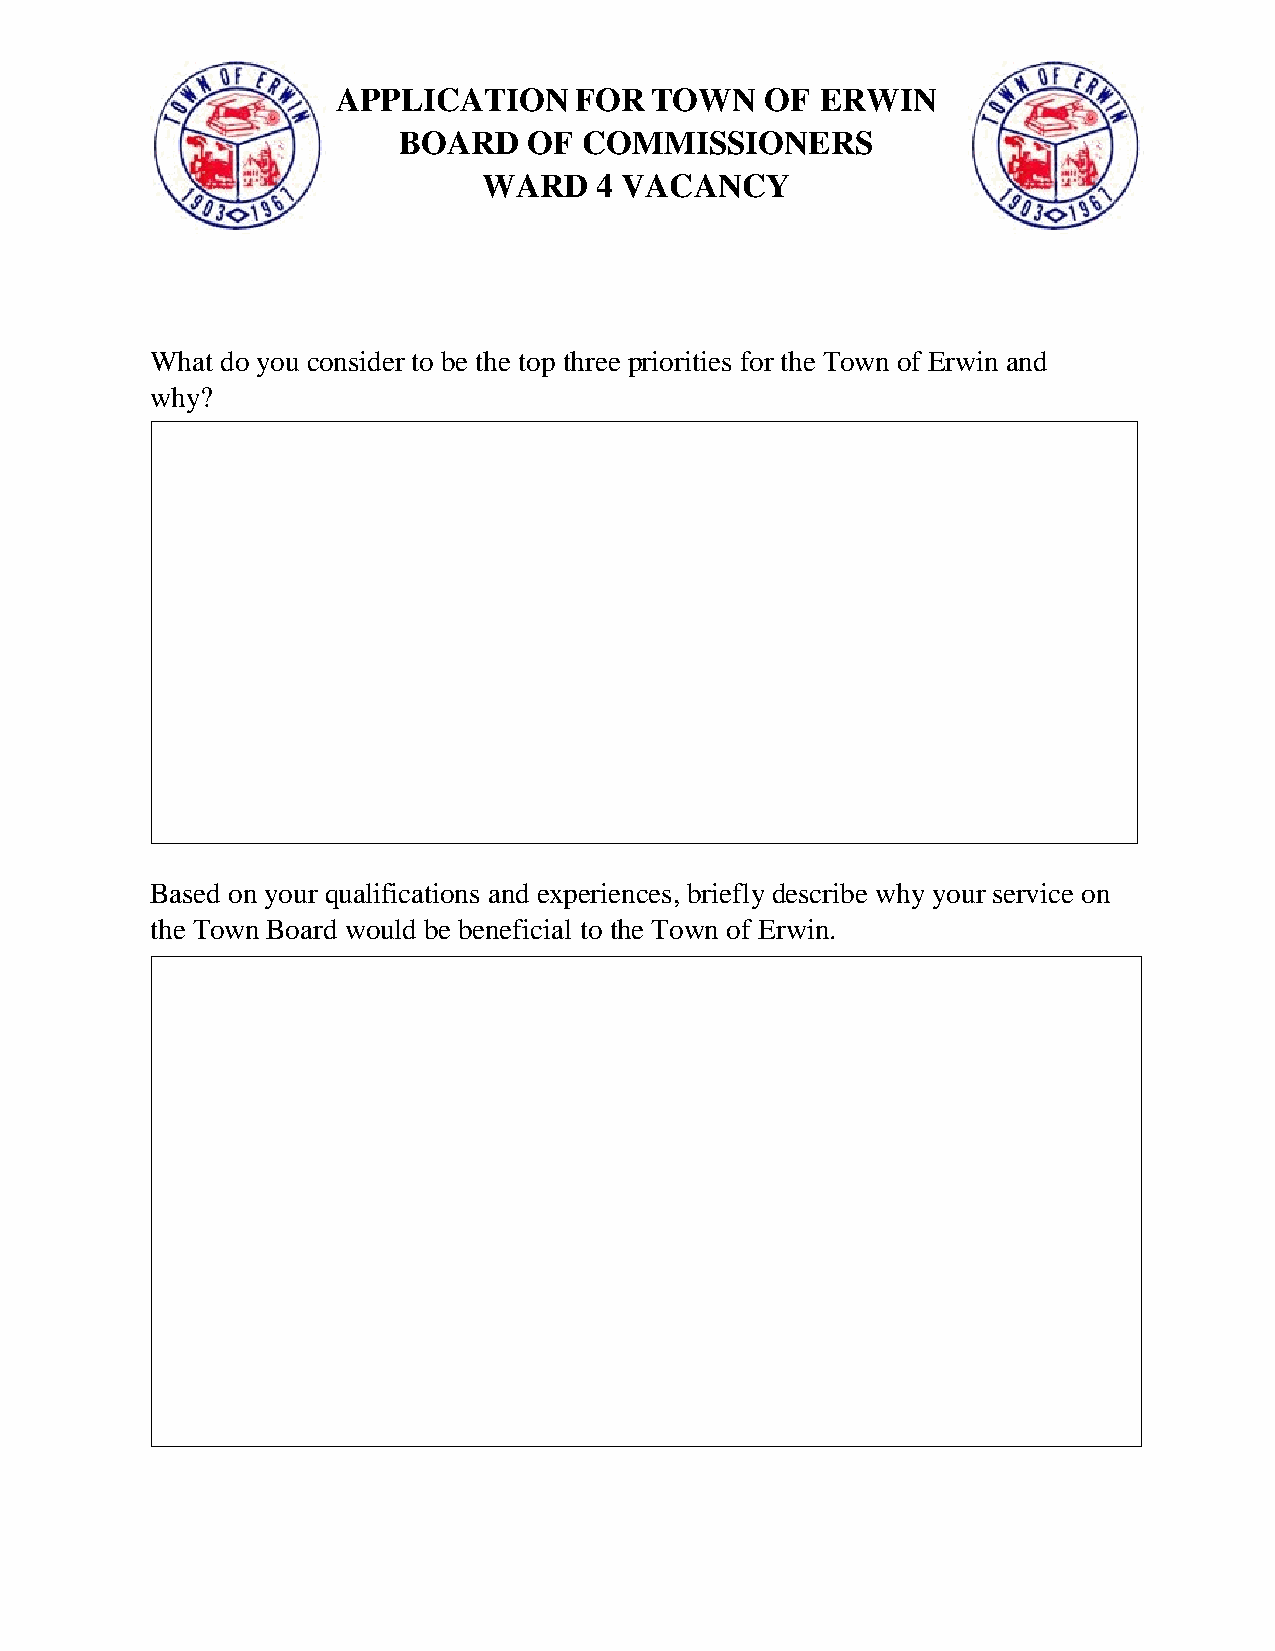
APPLICATION     FOR  TOWN    OF ERWIN
 BOARD    OF  COMMISSIONERS
 WARD   4 VACANCY
 What do you consider to be the top three priorities for the Town of Erwin and
 why?
 Based on your qualifications and experiences, briefly describe why your service on
 the Town Board would be beneficial to the Town of Erwin.